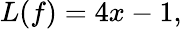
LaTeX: L(f)=4x-1,